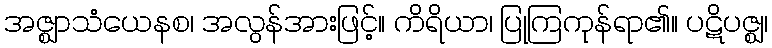
အဇ္ဈာသံယေနစ၊ အလွန်အားဖြင့်။ ကိရိယာ၊ ပြုကြကုန်ရာ၏။ ပဋိပဇ္ဈ၊